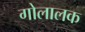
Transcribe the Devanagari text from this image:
गोलालक